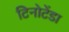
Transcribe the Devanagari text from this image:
टिनोटेंडा